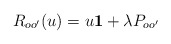
\begin{align*}R_{oo'}(u)=u{\bf 1}+\lambda P_{oo'}\end{align*}